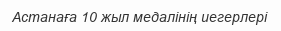
Астанаға 10 жыл медалінің иегерлері